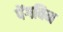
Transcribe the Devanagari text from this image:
पेंगविन